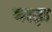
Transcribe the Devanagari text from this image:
माड़ा